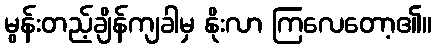
မွန်းတည့်ချိန်ကျခါမှ နိုးလာ ကြလေတော့၏။